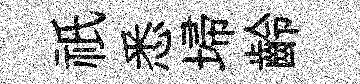
祇悉埽齡